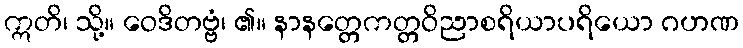
ဣတိ၊ သို့။ ဝေဒိတဗ္ဗံ၊ ၏။ နာနတ္တေကတ္တဝိညာစရိယာပရိယော ဂဟဏ